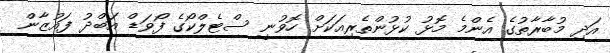
އަދި މުބާރާތުގެ އެންމެ މޮޅު ކުޅުންތެރިއަކަށް ހޮވުނީ ސްޓެލްކޯގެ ފޯވަޑް އަބްދު ފައުޒާން